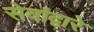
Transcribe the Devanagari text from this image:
सेवांद्वारे